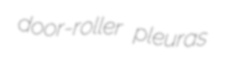
door-roller pleuras